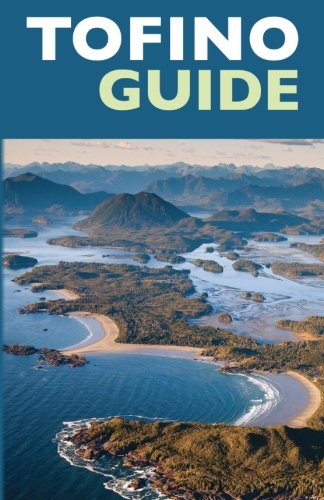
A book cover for Tofino Guide; John Platenius; Travel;